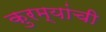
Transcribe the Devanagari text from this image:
कुरम्यांची